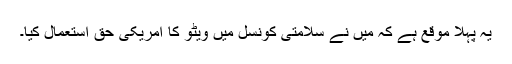
یہ پہلا موقع ہے کہ میں نے سلامتی کونسل میں ویٹو کا امریکی حق استعمال کیا۔